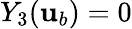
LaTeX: Y_{3}({\mathbf{u}}_{b})=0